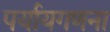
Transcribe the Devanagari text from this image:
पर्यायगणना